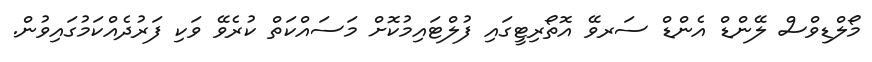
މޯލްޑިވްސް ލޭންޑް އެންޑް ސަރވޭ އޮތޯރިޓީގައި ފުލްޓައިމުކޮށް މަސައްކަތް ކުރެވޭ ވަކި ފަރުދެއްކަމުގައިވުން.